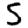
Digit: 5